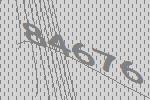
84676